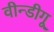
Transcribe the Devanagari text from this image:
वीन्डीगू